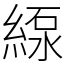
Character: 𦂥